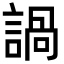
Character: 諣